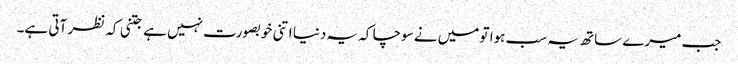
جب میرے ساتھ یہ سب ہوا تو میں نے سوچا کہ یہ دنیا اتنی خوبصورت نہیں ہے جتنی کہ نظر آتی ہے۔